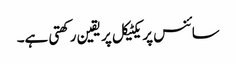
سائنس پریکٹیکل پر یقین رکھتی ہے۔